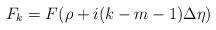
LaTeX: \begin{align*} F_{k}=F(\rho+i (k-m-1)\Delta\eta)\end{align*}